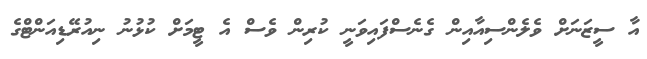
އާ ސީޒަނަށް ވެލެންސިއާއިން ގެނެސްފައިވަނީ ކުރިން ވެސް އެ ޓީމަށް ކުޅުނު ނިއުރޭޑިއަންޓްގެ